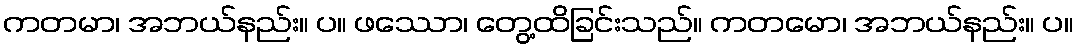
ကတမာ၊ အဘယ်နည်း။ ပ။ ဖဿော၊ တွေ့ထိခြင်းသည်။ ကတမော၊ အဘယ်နည်း။ ပ။